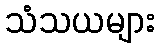
သံသယများ